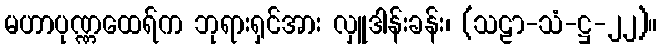
မဟာပုဏ္ဏထေရ်က ဘုရားရှင်အား လှူဒါန်းခန်း၊ (သဠာ-သံ-ဋ္ဌ-၂၂)။